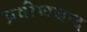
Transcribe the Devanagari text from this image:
प्रवीणचन्द